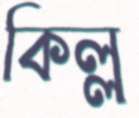
কিল্ল